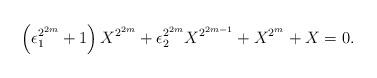
LaTeX: \begin{align*} \left(\epsilon_1^{2^{2m}} +1 \right)X^{2^{2m}}+\epsilon_2^{2^{2m}}X^{2^{2m-1}}+X^{2^m}+X=0.\end{align*}